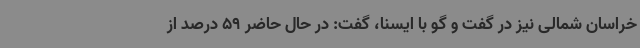
خراسان شمالی نیز در گفت و گو با ایسنا، گفت: در حال حاضر 59 درصد از